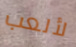
لألعب